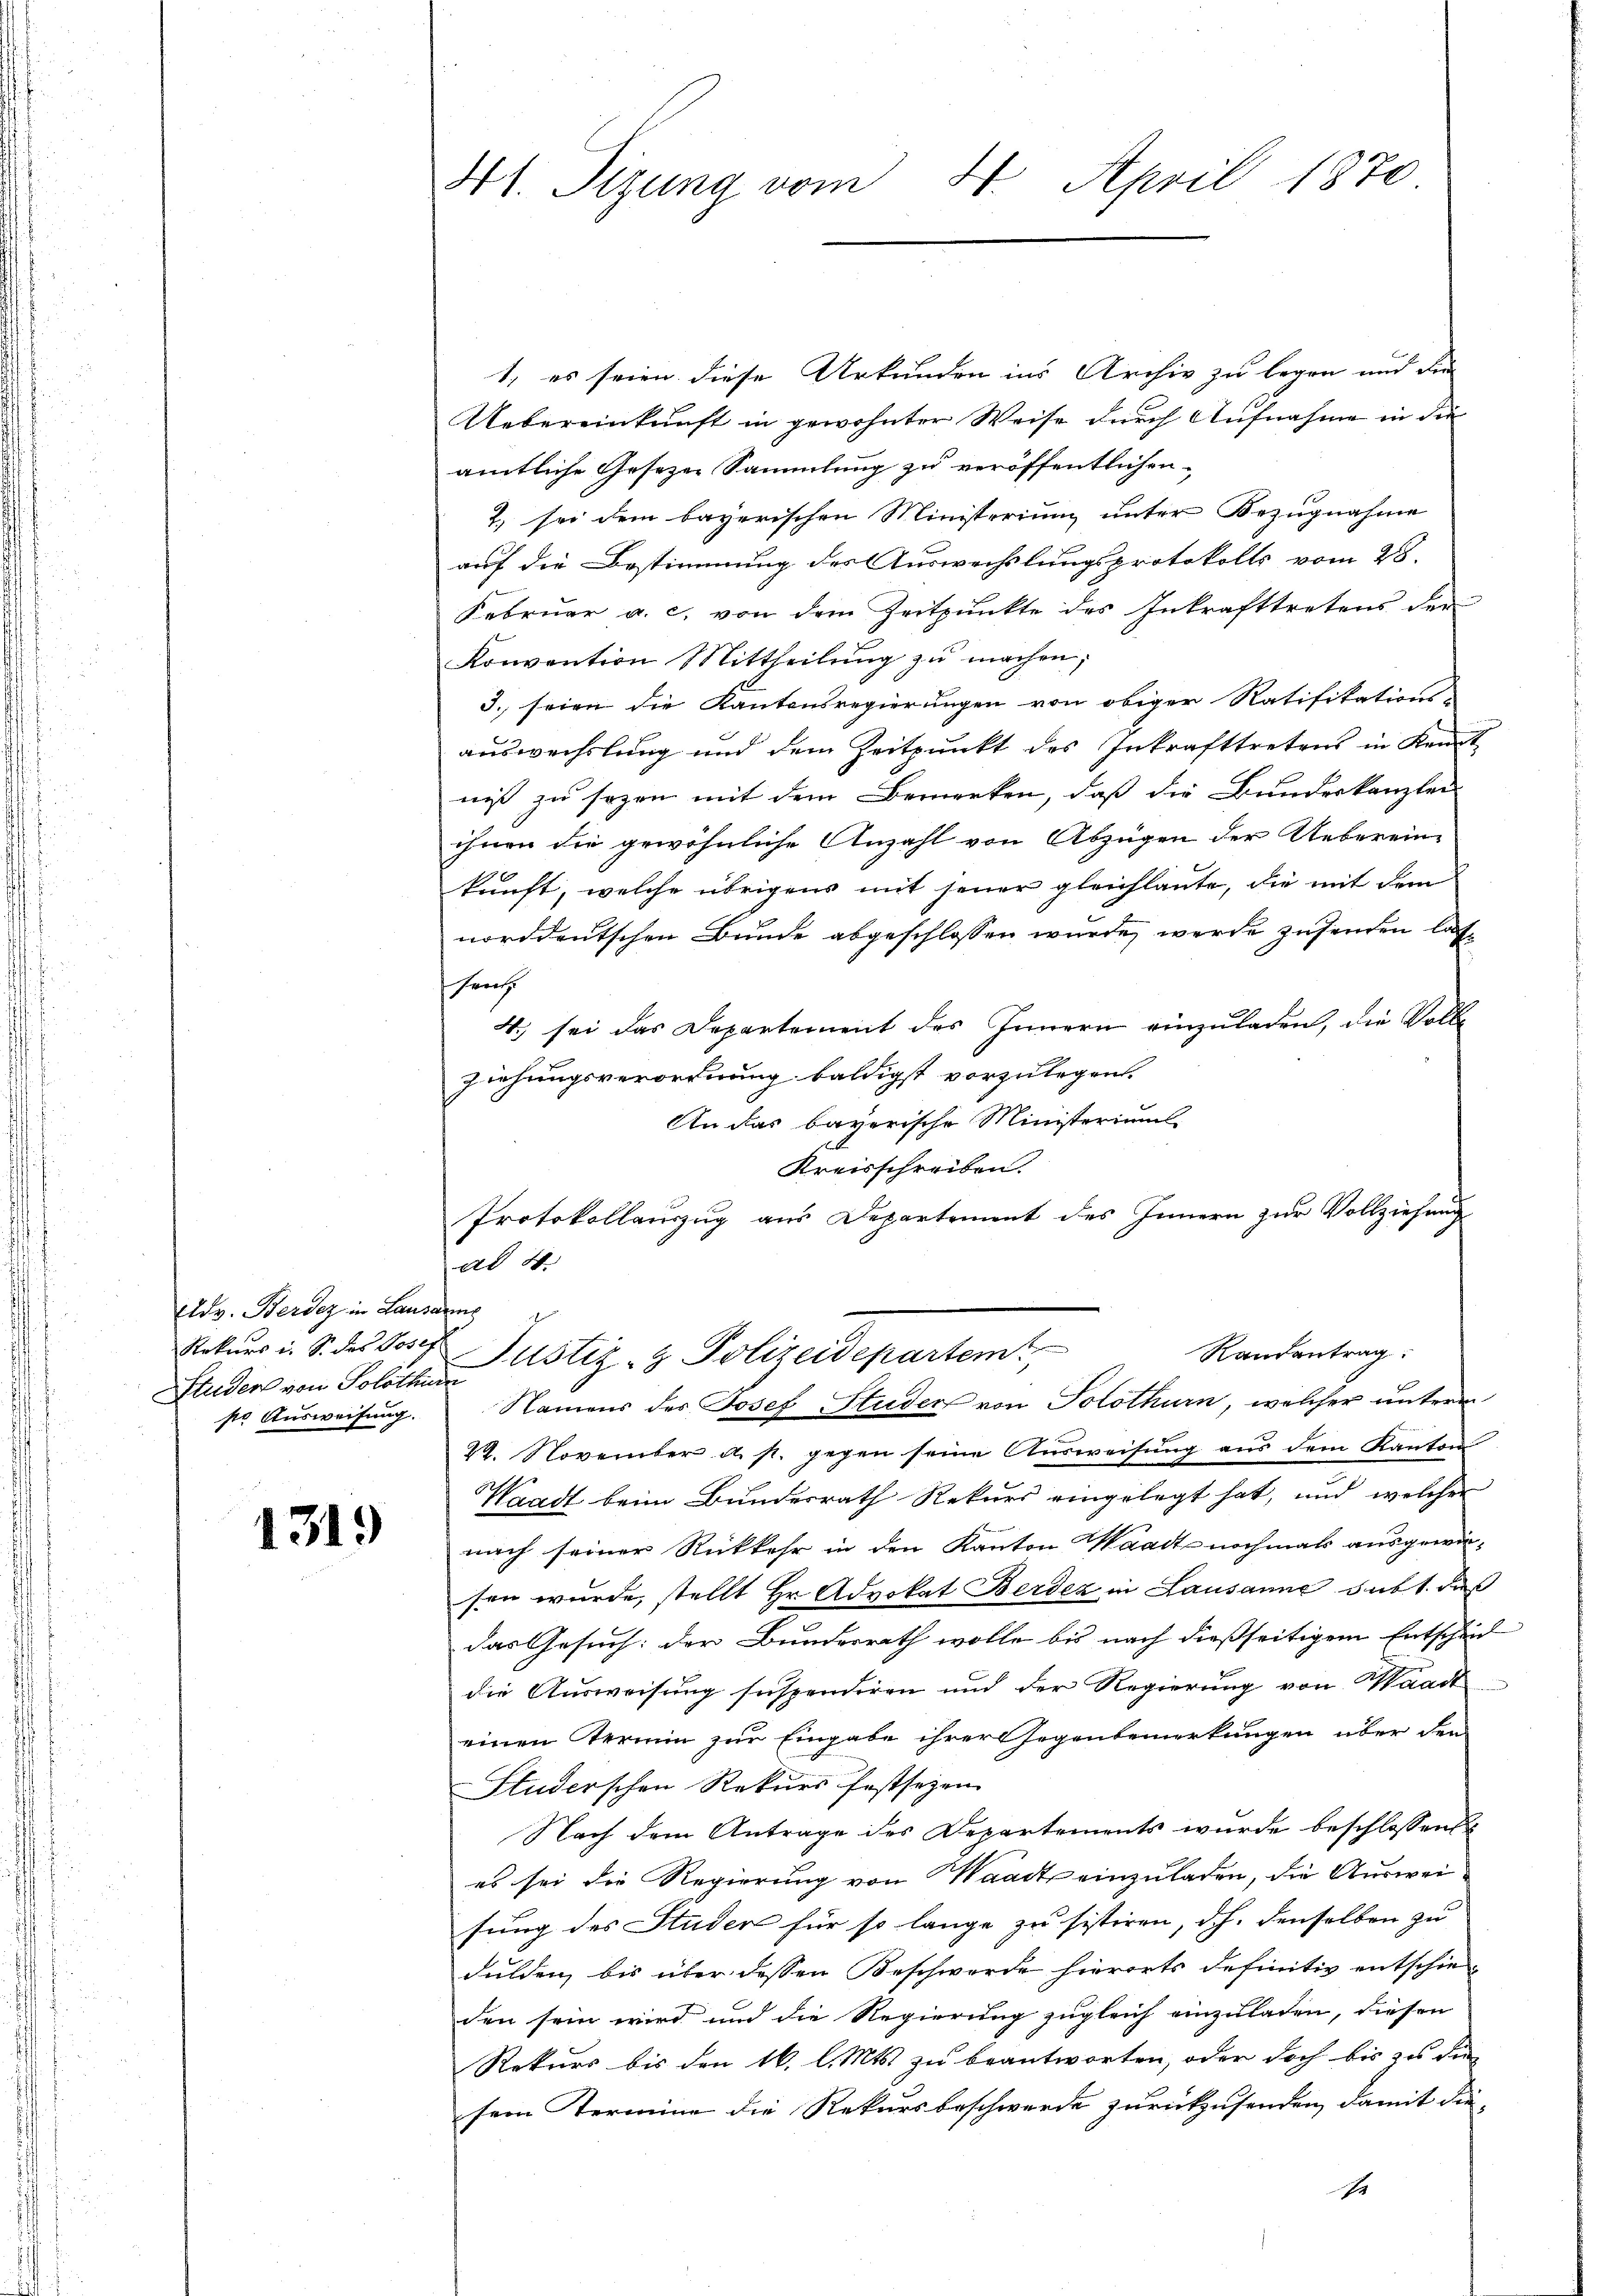
Eldv. Berden in Lausan
Rekurs i. So das Josep
Studen von Solothur
ste Ausweisung.

1319

41. Sizung vom 4. April 1870

1, es seien diese Urkunden ins Archiv zu legen und die
Uebereinkunft in gewohnter Weise durch Aufnahme in die
amtliche Gesezen Sammlung zu veröffentlichen
2) sei dem bayerischen Ministerium unter Bezugnahme
auf die Bestimmung des Auswechslungsprotokolls vom 28.
Februar a. c. von dem Zeitpunkte des Inkrafttretens der
Konvention Mittheilung zu machen;
3. seien die Kantonsregierungen von obiger Ratifikations-
auswechslung und dem Zeitpunkt des Inkrafttretens in Kemt
niß zu sogen mit dem Bemerken, daß die Bundeskanzlei
ihnen die gewöhnliche Anzahl von Abzügen der Uebereinkunft, welche übrigens mit jener gleichlaute, die mit dem
norddeutschen Bunde abgeschlossen wurde, werde zusenden lassent
4. sei das Departement des Innern einzuladen, die Volle
ziehungsverordnung baldigst vorzulegen.
An das bayerische Ministeriums
Kreisschreiben.
Protokollauszug aus Departement des Innern zur Vollziehung
ad 4.
u
Randantrag:
Justiz- & Polizeidepartem
Namens des Josef Studen von Solothurn, welcher unterm
29. November a. p. gegen seine Ausweisung aus dem Kanton
Waadt beim Bundesrath Rekurs eingelegt hat, und welcher
nach seiner Rückkehr in den Kanton Waadt nochmals ausgewie-
sen wurde, stellt Hr. Advokat Berdez in Lausanne subt. dies
das Gesuch: der Bundesrath wolle bis nach dießseitigem Entschen
die Ausweisung suspendiren und der Regierung von Waadt
einen Termin zur Eingabe ihrer Gegenbemerkungen über den
Studerschen Rekurs festsezen
Nach dem Antrage des Departements wurde beschlossen
es sei die Regierung von Waadt einzuladen, die Ausweisung des Studer für so lange zu sistiren, d.h. denselben zu
dulden, bis über dessen Beschwerde hierorts definitiv entschieden sein wird und die Regierung zugleich einzuladen, diesen
Rekurs bis den 16. l. Mts. zu beantworten, oder doch bis zu die
sem Termine die Rekursbeschwerde zurückzusenden, damit die-
Es